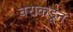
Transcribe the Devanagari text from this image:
वराकडून